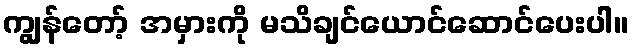
ကျွန်တော့် အမှားကို မသိချင်ယောင်ဆောင်ပေးပါ။